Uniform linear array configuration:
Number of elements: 4
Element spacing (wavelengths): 1
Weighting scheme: hann
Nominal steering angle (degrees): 30
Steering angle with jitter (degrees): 28.937
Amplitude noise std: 0.05
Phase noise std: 0.05

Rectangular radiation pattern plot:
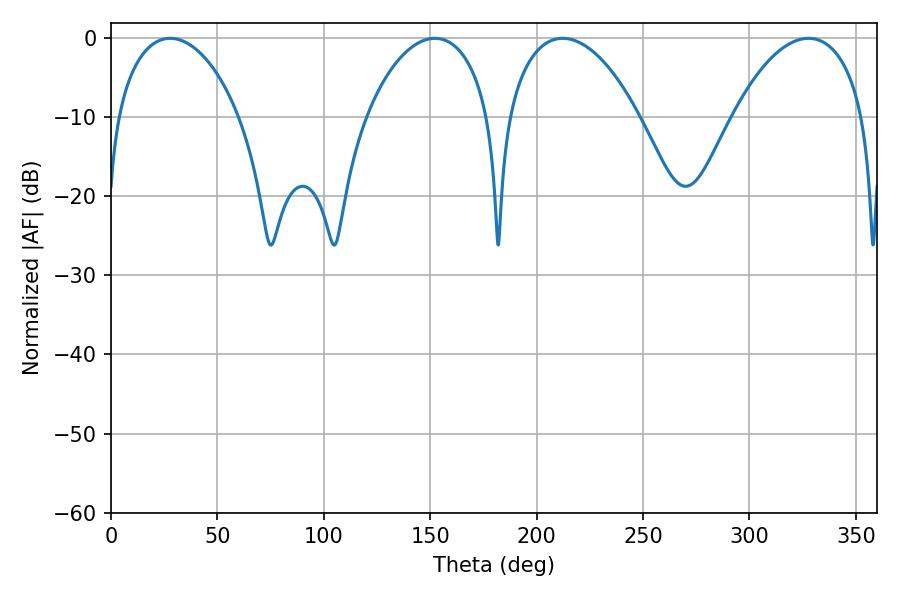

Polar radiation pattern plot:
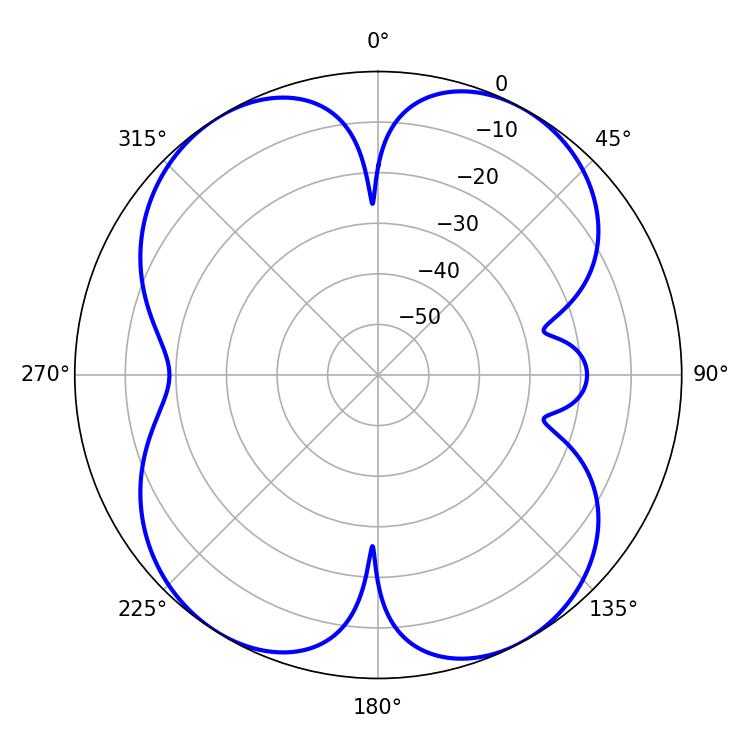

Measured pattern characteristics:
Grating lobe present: TRUE
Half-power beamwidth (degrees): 34.92
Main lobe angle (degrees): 212.22